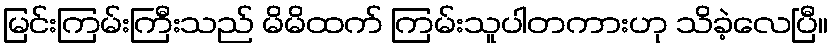
မြင်းကြမ်းကြီးသည် မိမိထက် ကြမ်းသူပါတကားဟု သိခဲ့လေပြီ။